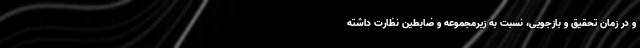
و در زمان تحقیق و بازجویی، نسبت به زیرمجموعه و ضابطین نظارت داشته